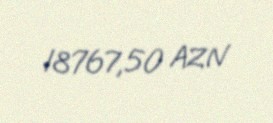
18767,50 AZN